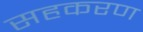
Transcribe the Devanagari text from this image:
सहकरण